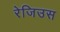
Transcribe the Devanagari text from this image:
रेजिउस